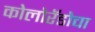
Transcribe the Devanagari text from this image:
कोलोरॅडोचा